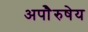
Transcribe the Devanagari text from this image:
अपाेेैरुषेय